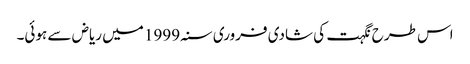
اس طرح نگہت کی شادی فروری سنہ 1999 میں ریاض سے ہوئی۔